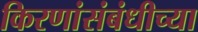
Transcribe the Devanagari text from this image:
किरणांसंबंधीच्या